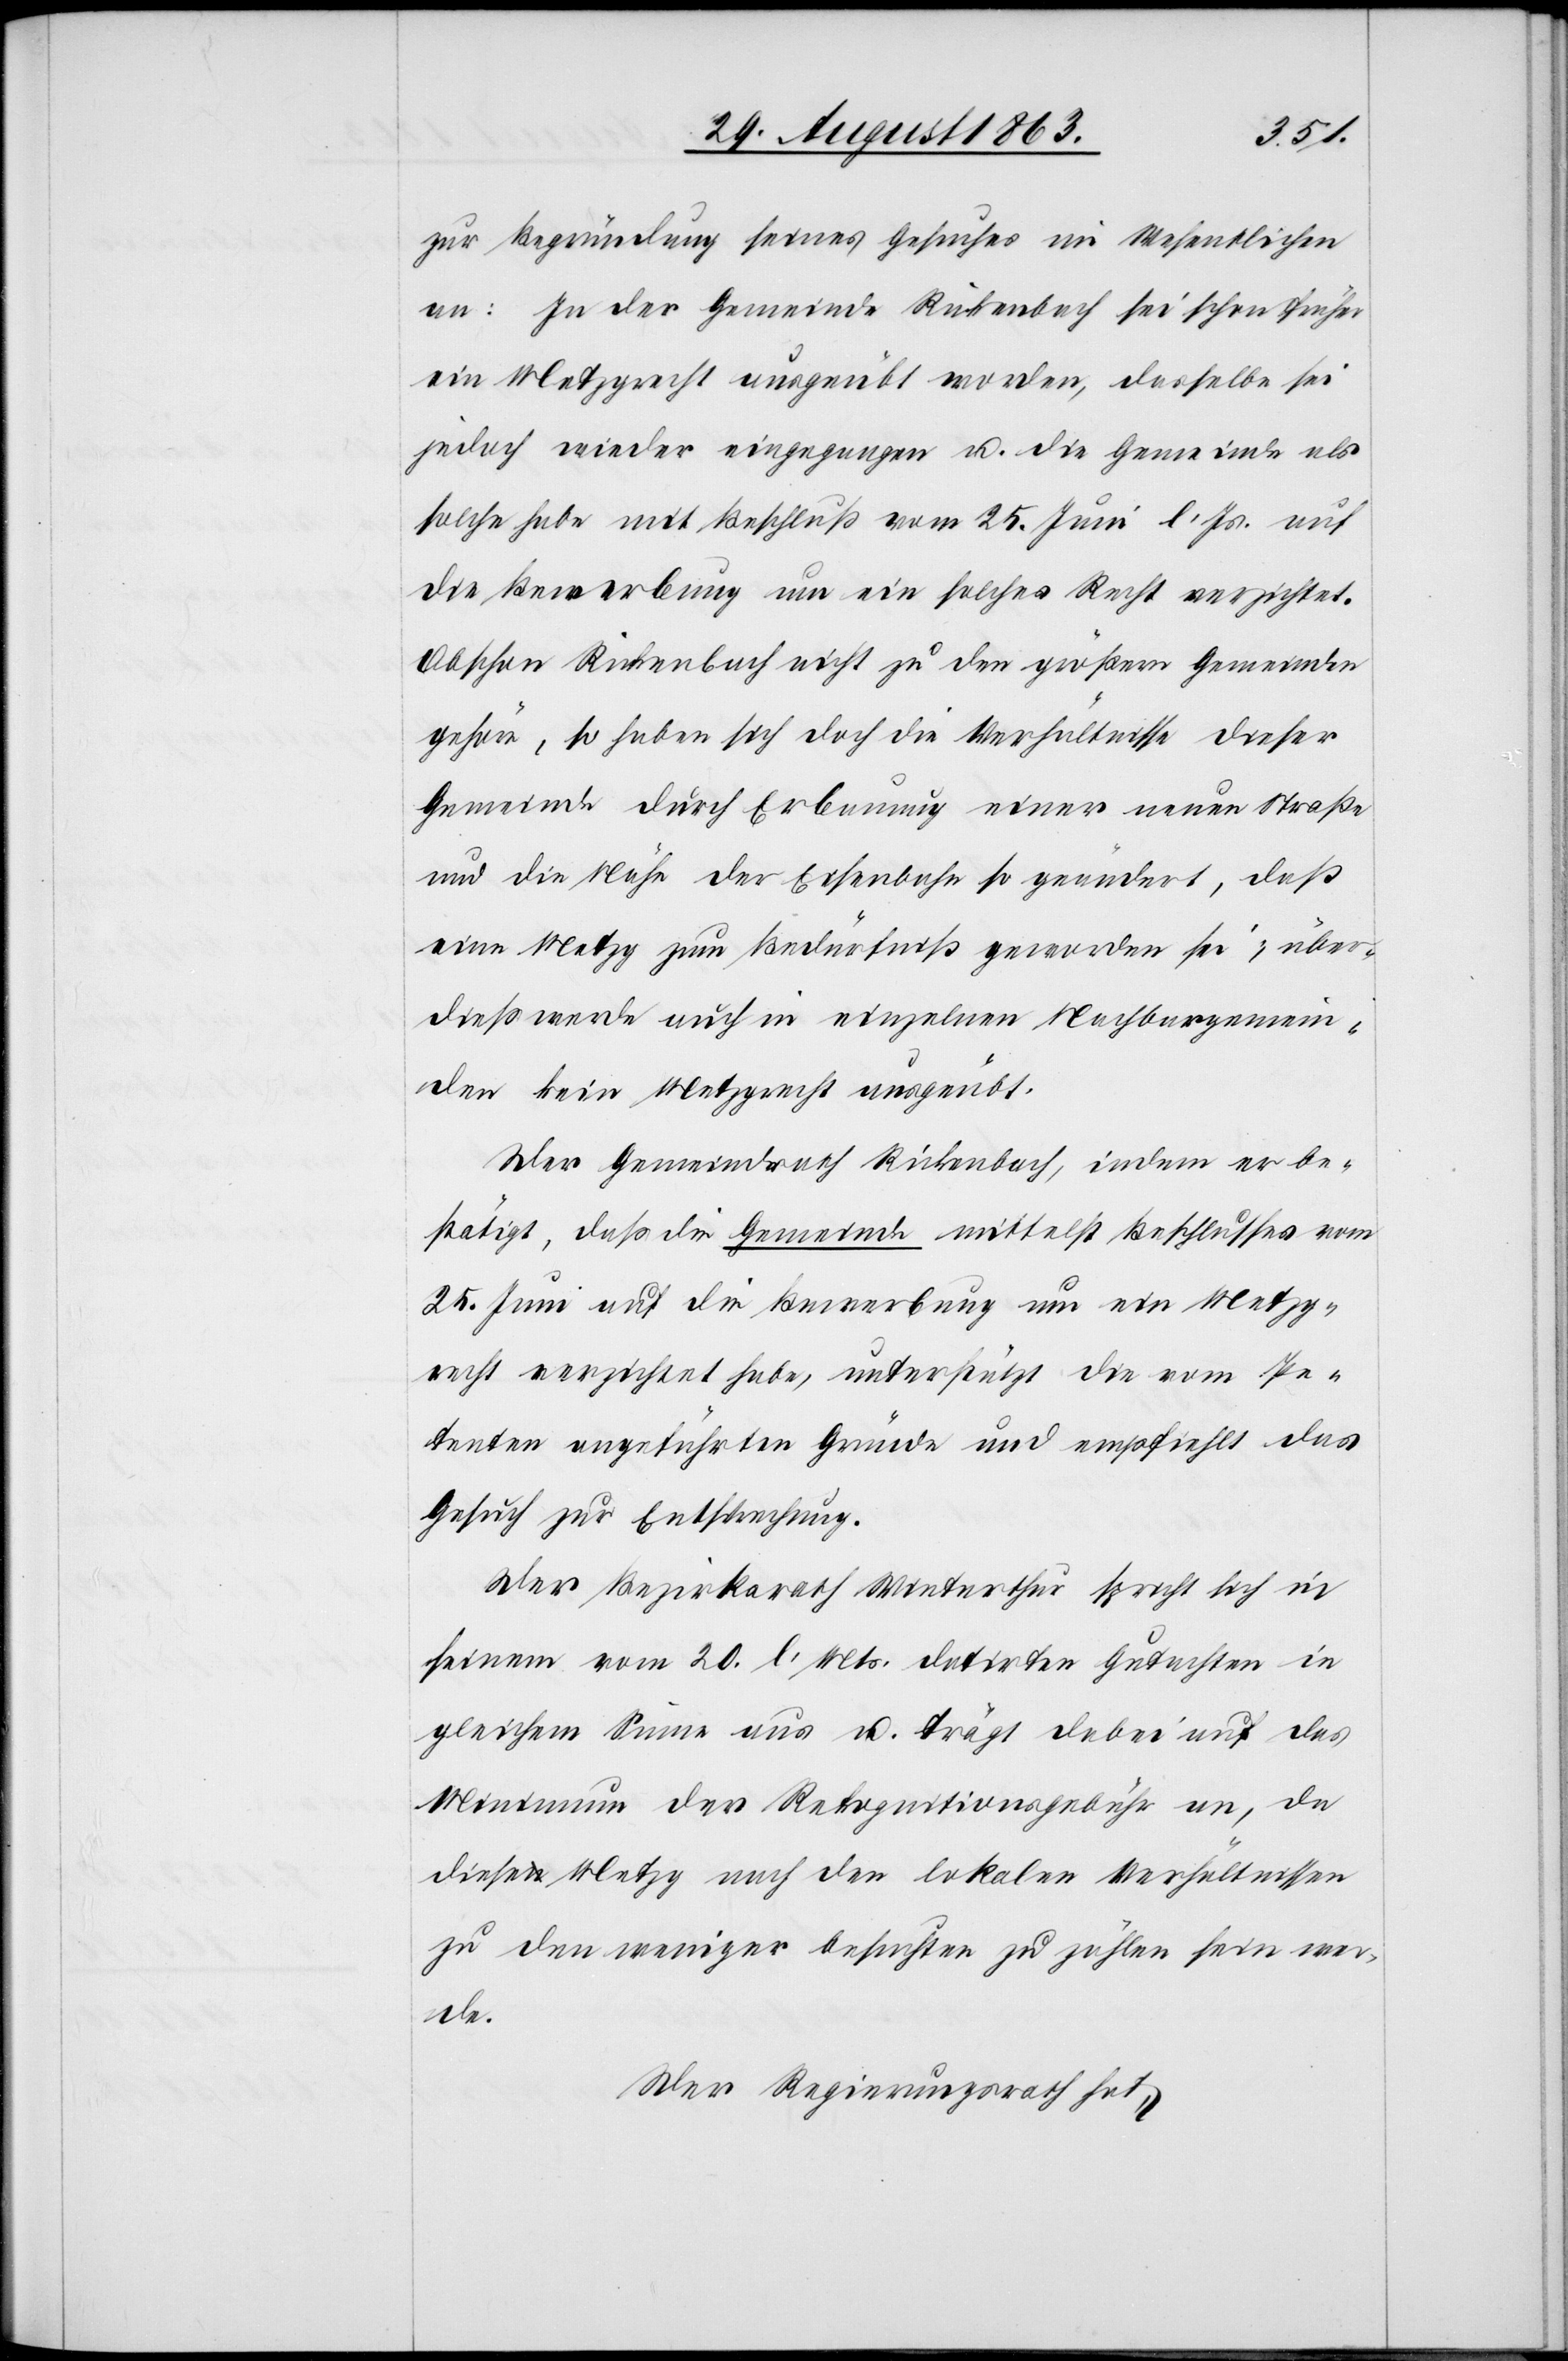
zur Begründung seines Gesuches im Wesentlichen
an: In der Gemeinde Rickenbach sei schon früher
ein Metzgrecht ausgeübt worden, dasselbe sei
jedoch wieder eingegangen u. die Gemeinde als
solche habe mit Beschluß vom 25. Juni l. Js. auf
die Bewerbung um ein solches Recht verzichtet.
Obschon Rickenbach nicht zu den größern Gemeinden
gehöre, so haben sich doch die Verhältnisse dieser
Gemeinde durch Erbauung einer neuen Straße
und die Nähe der Eisenbahn so geändert, daß
eine Metzg zum Bedürfniß geworden sei; über¬
dieß werde auch in einzelnen Nachbargemein¬
den kein Metzgrecht ausgeübt.
Der Gemeindrath Rickenbach, indem er be¬
stätigt, daß die Gemeinde mittelst Beschlusses vom
25. Juni auf die Bewerbung um ein Metzg¬
recht verzichtet habe, unterstützt die vom Pe¬
tenten angeführten Gründe und empfiehlt das
Gesuch zur Entsprechung.
Der Bezirksrath Winterthur spricht sich in
seinem vom 20. l. Mts. datirten Gutachten in
gleichem Sinne aus u. trägt dabei auf das
Minimum der Rekognitionsgebühr an, da
diese Metzg nach den lokalen Verhältnissen
zu den weniger besuchten zu zählen sein wer¬
de.
Der Regierungsrath hat,